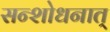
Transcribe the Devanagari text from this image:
सन्शोधनात्